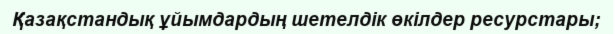
Қазақстандық ұйымдардың шетелдік өкілдер ресурстары;